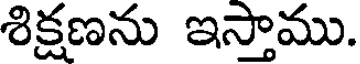
శిక్షణను ఇస్తాము.